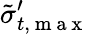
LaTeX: \tilde{\sigma}_{t,\mathrm{~m~a~x~}}^{\prime}